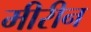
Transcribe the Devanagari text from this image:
मीरीन